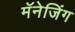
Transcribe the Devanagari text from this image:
मॅनेजिंग